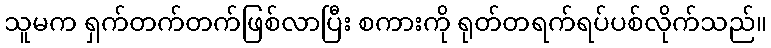
သူမက ရှက်တက်တက်ဖြစ်လာပြီး စကားကို ရုတ်တရက်ရပ်ပစ်လိုက်သည်။